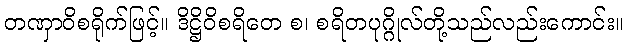
တဏှာဝိစရိုက်ဖြင့်။ ဒိဋ္ဌိဝိစရိတေ စ၊ စရိတပုဂ္ဂိုလ်တို့သည်လည်းကောင်း။